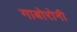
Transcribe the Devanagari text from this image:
गाबोरोनी